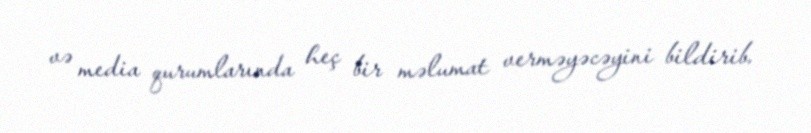
və media qurumlarında heç bir məlumat verməyəcəyini bildirib.